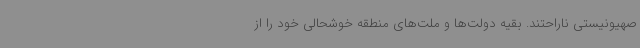
صهیونیستی ناراحتند. بقیه دولت‌ها و ملت‌های منطقه خوشحالی خود را از